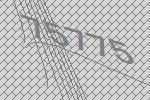
75775